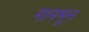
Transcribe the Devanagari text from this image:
मानभून